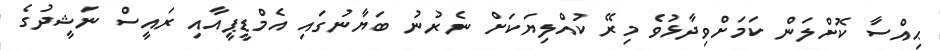
ޙިއްސާ ކޮށްލަން ކަމަށްވިދާޅުވެ މިރޭ ކުއްލިޔަކަށް ނެރުނު ބަޔާނުގައި އެމްޑީޕީއާއި ރައީސް ނަޝީދުގެ